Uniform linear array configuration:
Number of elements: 16
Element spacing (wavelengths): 0.75
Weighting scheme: binomial
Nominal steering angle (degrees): -15
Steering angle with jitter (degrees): -15.947
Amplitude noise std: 0.05
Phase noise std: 0.05

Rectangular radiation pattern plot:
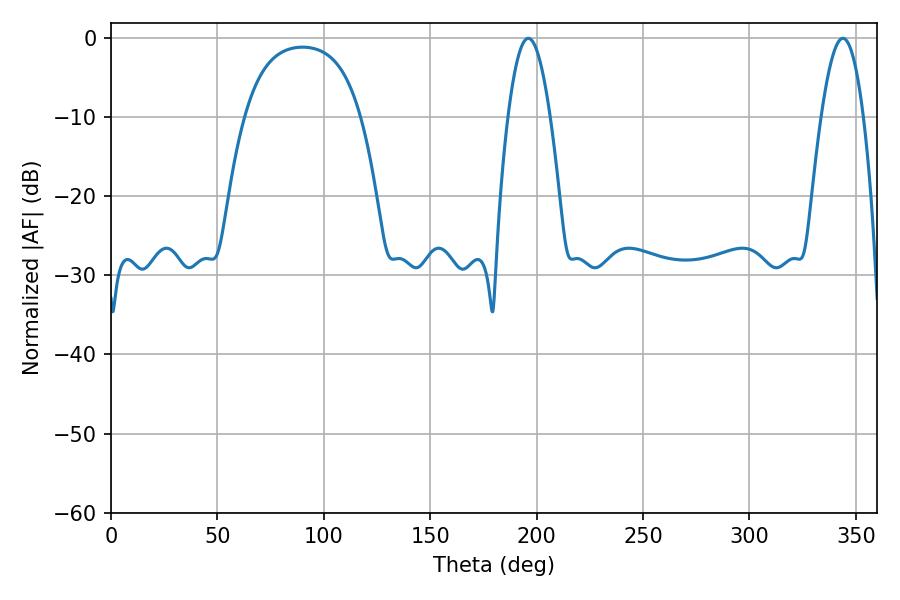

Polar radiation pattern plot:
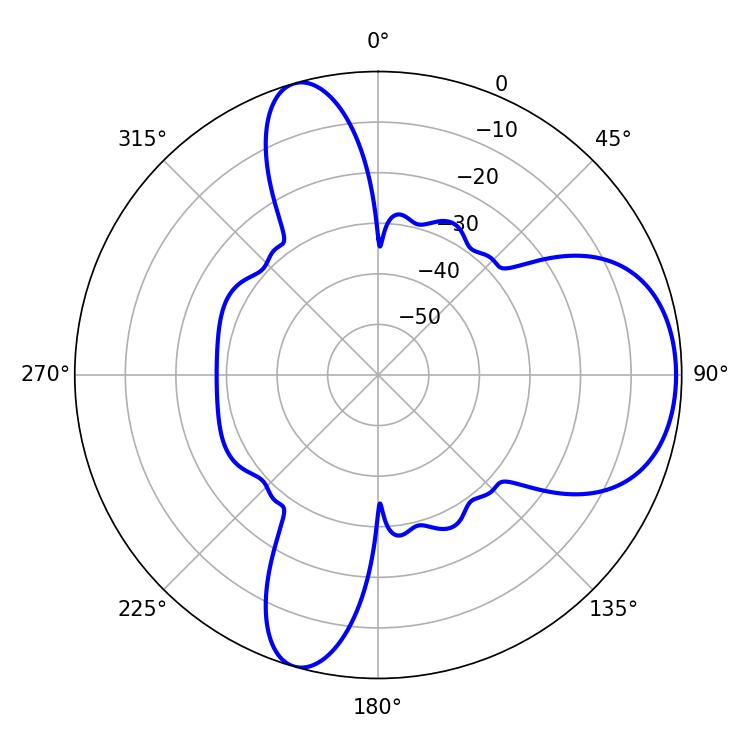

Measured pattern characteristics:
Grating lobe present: TRUE
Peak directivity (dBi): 7.328
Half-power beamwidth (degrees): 10.8
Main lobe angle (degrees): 196.02